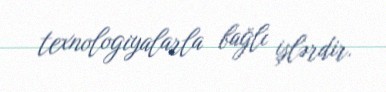
texnologiyalarla bağlı işlərdir.